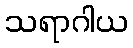
သရာဂါယ